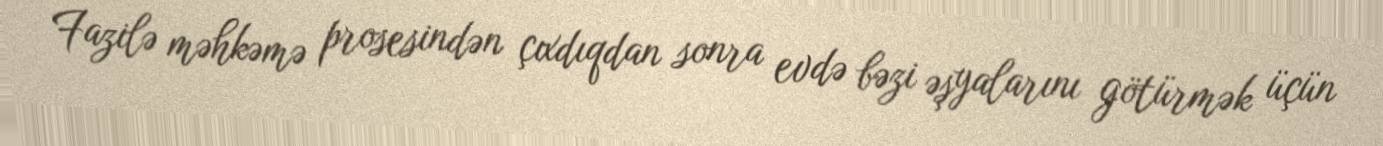
Fazilə məhkəmə prosesindən çıxdıqdan sonra evdə bəzi əşyalarını götürmək üçün